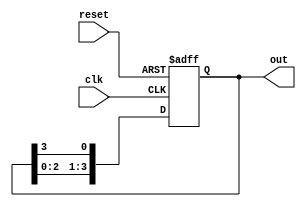
module ring_counter #(
    parameter N = 4  // Number of flip-flops
)(
    input wire clk,       // Clock signal
    input wire reset,     // Asynchronous reset signal
    output reg [N-1:0] out // Output representing the current state
);

// Internal flip-flop register
reg [N-1:0] state;

// Asynchronous reset and state transition logic
always @(posedge clk or posedge reset) begin
    if (reset) begin
        // Initialize to the first state (000...001)
        state <= 1'b1; // Set the first flip-flop to '1' and others to '0'
    end else begin
        // Shift the state to the right
        state <= {state[N-2:0], state[N-1]}; // Rotate the state
    end
end

// Output logic (Moore output)
always @(state) begin
    out = state; // Output is the current state
end

endmodule